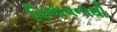
વિભાવનાથી